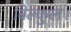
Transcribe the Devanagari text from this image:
बिल्कुल।